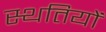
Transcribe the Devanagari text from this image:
स्थतियों